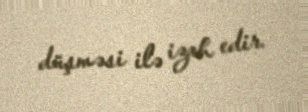
düşməsi ilə izah edir.